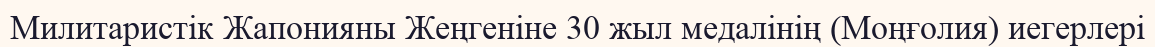
Милитаристік Жапонияны Жеңгеніне 30 жыл медалінің (Моңғолия) иегерлері